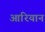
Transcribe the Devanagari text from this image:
आरियान